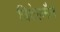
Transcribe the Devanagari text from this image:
जिटेलमैन